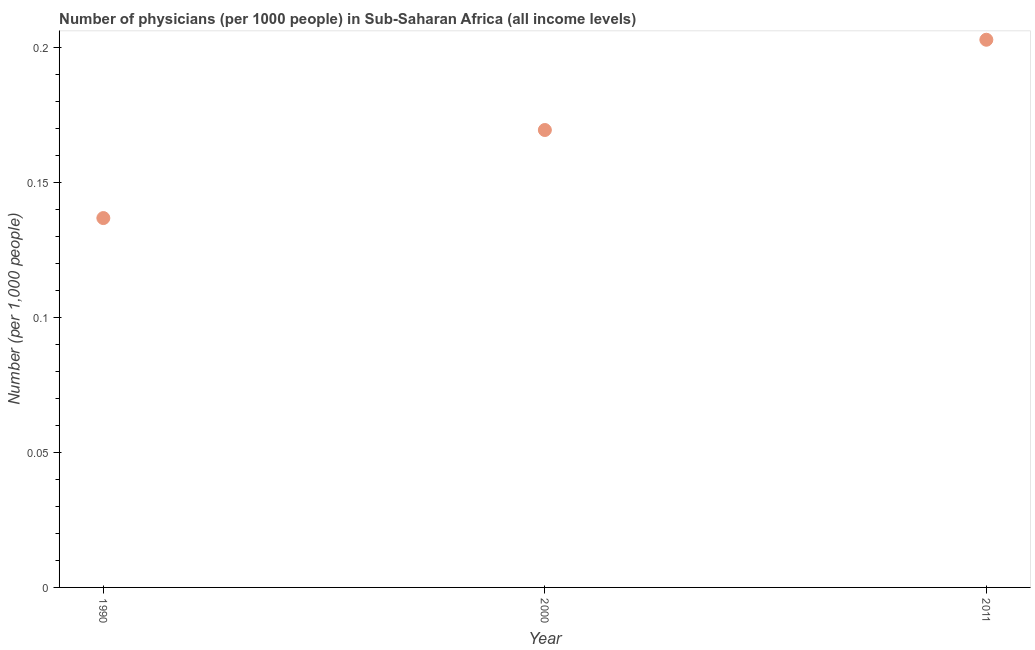
| Year | Physicians |
 | --- | --- |
 | 1990 | 0.137 |
 | 2000 | 0.169 |
 | 2011 | 0.203 |